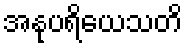
အနုပရိယေသတိ